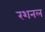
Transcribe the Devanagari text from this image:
रशनल